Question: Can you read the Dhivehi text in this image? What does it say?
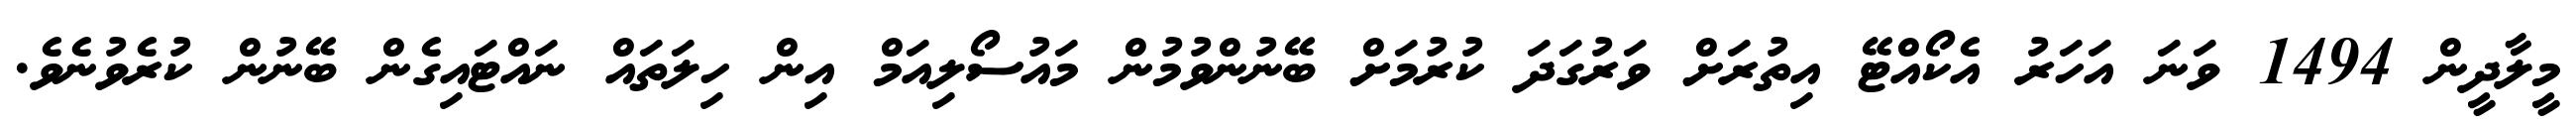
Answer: މީލާދީން 1494 ވަނަ އަހަރު އެކޯއްޓޭ އިތުރަށް ވަރުގަދަ ކުރުމަށް ބޭނުންވުމުން މައުސޯލިއަމް އިން ހިލަތައް ނައްޓައިގެން ބޭނުން ކުރެވުނެވެ.